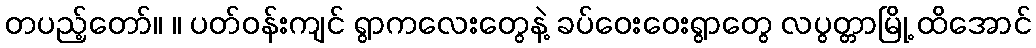
တပည့်တော်။ ။ ပတ်ဝန်းကျင် ရွာကလေးတွေနဲ့ ခပ်ဝေးဝေးရွာတွေ လပွတ္တာမြို့ ထိအောင်